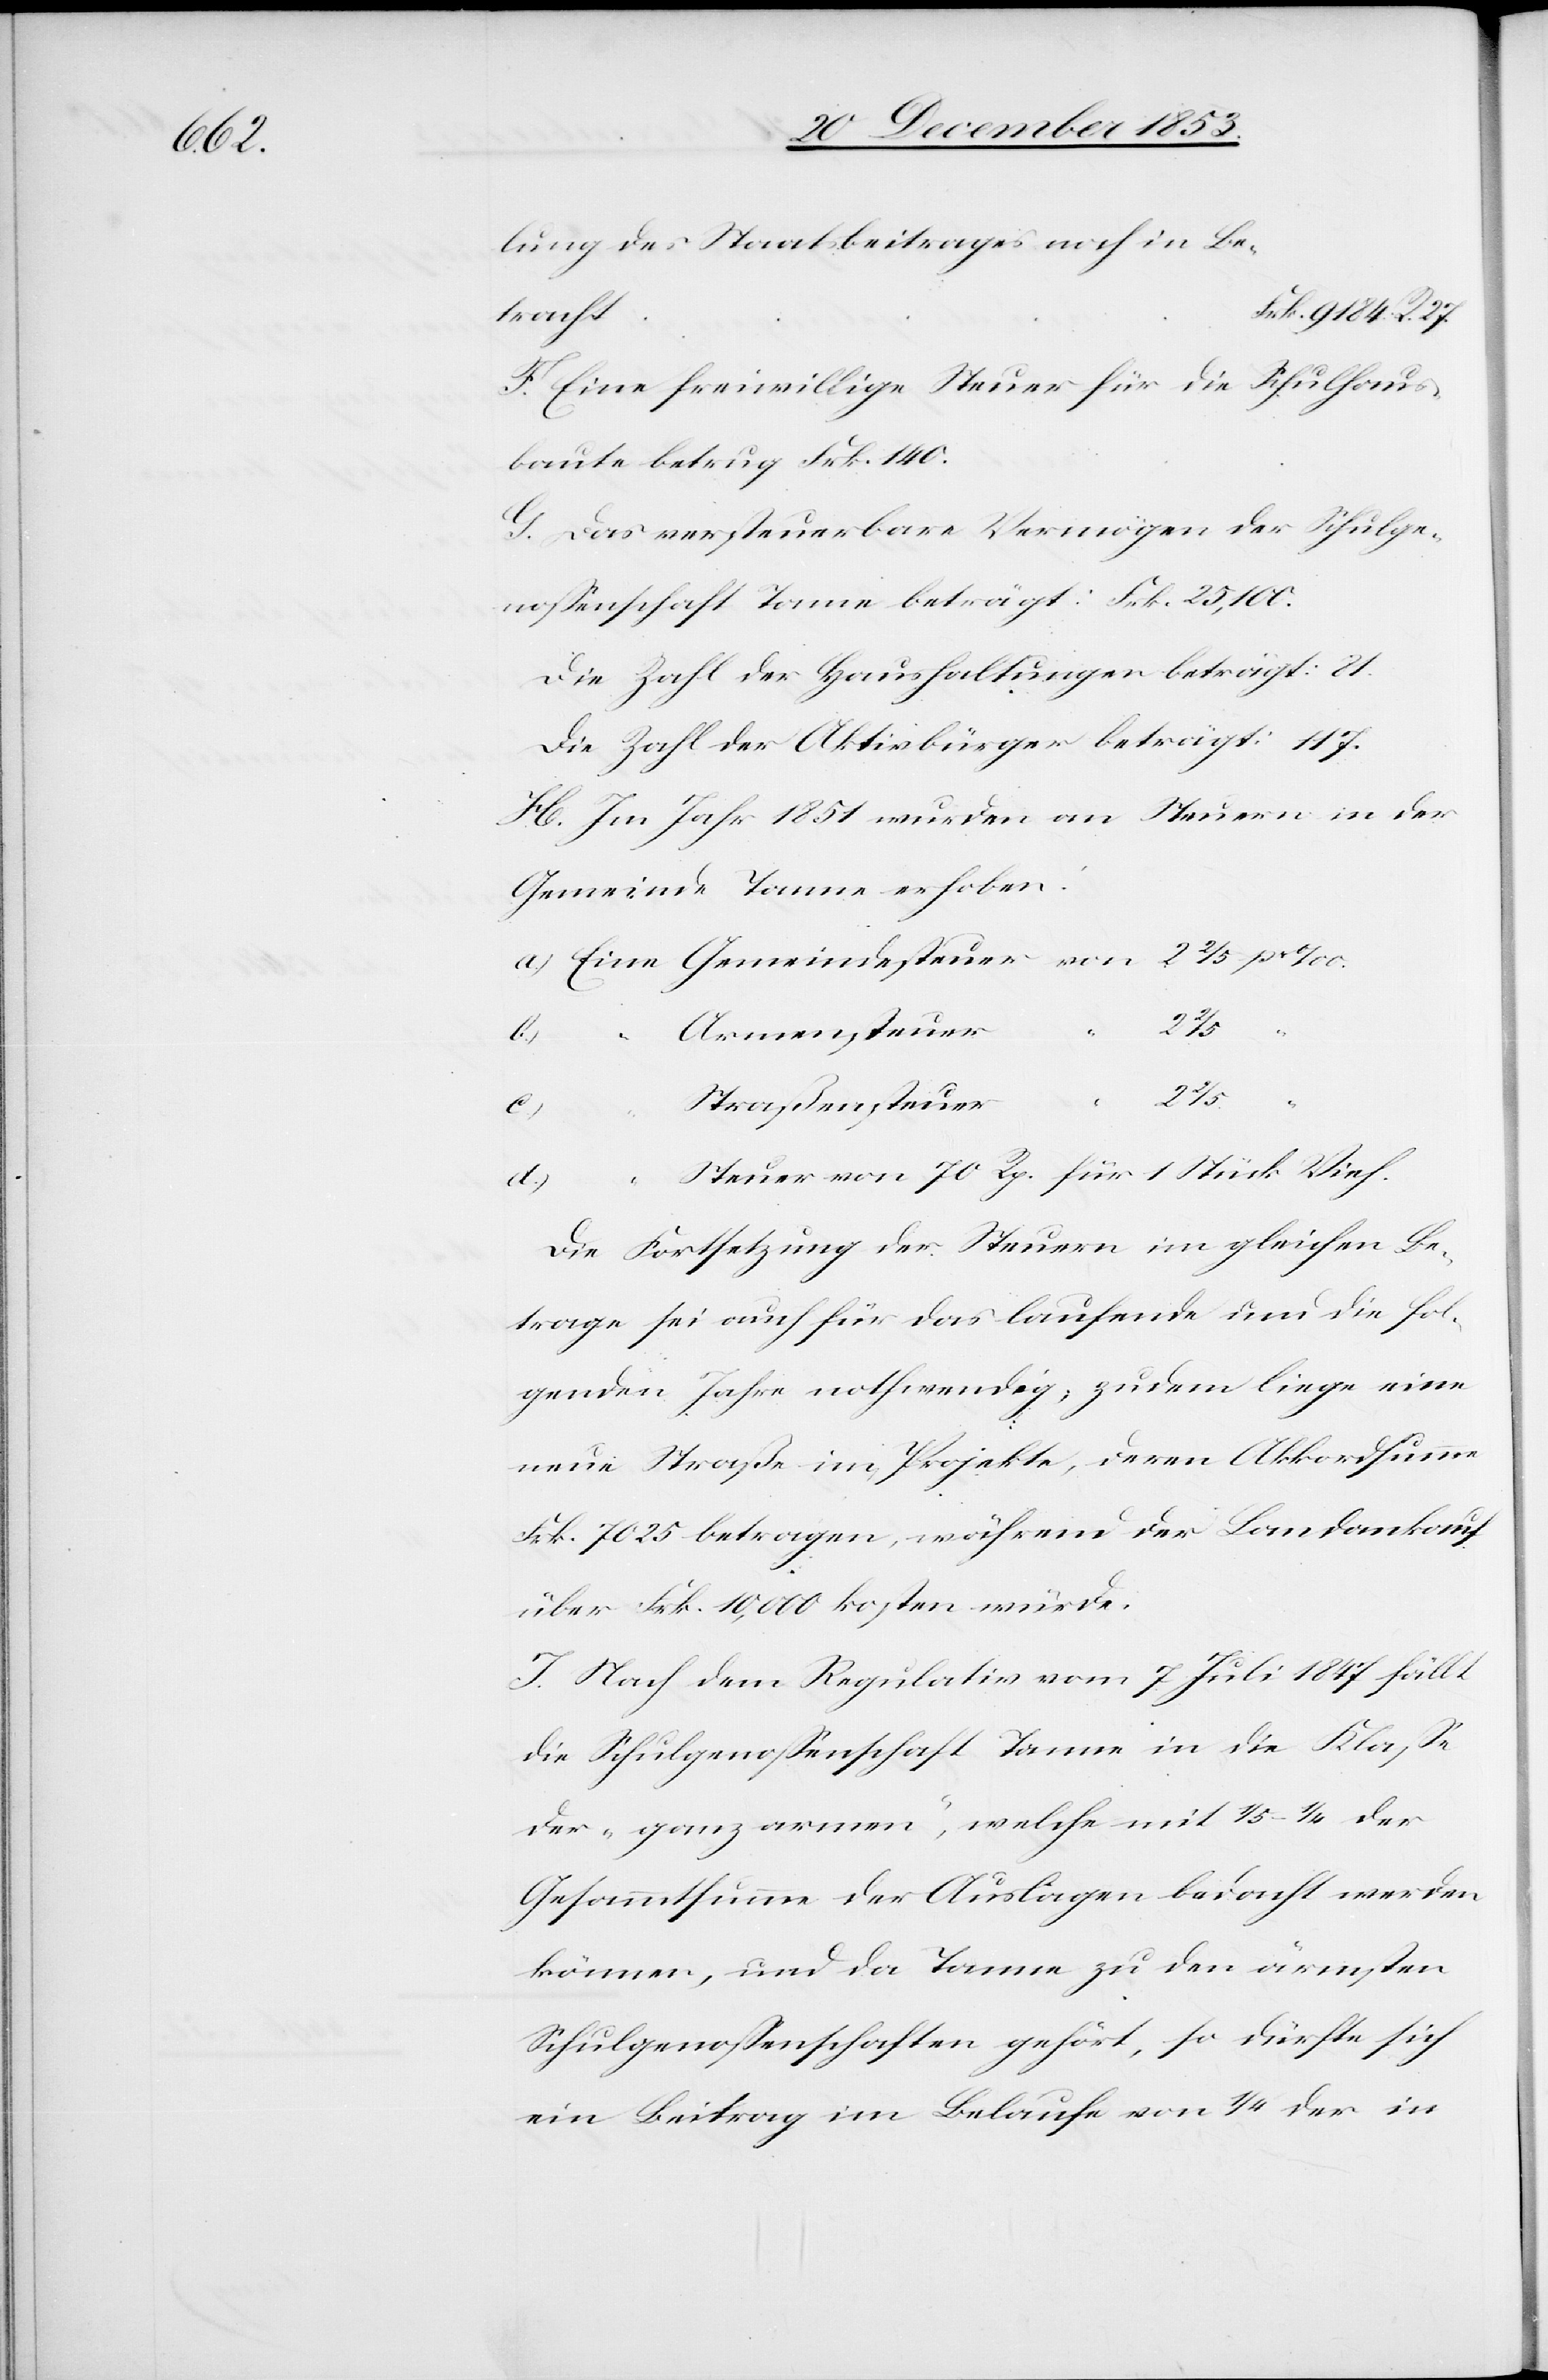
F. Eine freiwillige Steuer für die Schulhaus¬
baute betrug Frk. 140.
G. Das versteuerbare Vermögen der Schulge¬
noßenschaft Tanne beträgt: Frk. 25,100.
Die Zahl der Haushaltungen beträgt: 81.
Die Zahl der Aktivbürger beträgt: 117.
H. Im Jahr 1851 wurden an Steuern in der
Gemeinde Tanne erhoben:
a) Eine Gemeindesteuer von 2 2/5 pro ‰
c)
2 2/5
“
d)
“		Steuer von 70 Rp. für 1 Stück Vieh.
27.
Die Fortsetzung der Steuern im gleichen Be¬
trage sei auch für das laufende und die fol¬
genden Jahre nothwendig, zudem liege eine
neue Straße im Projekte, deren Akkordsumme
Frk. 7025 betragen, während der Landankauf
über Frk. 10,000 kosten würde.
J. Nach dem Regulativ vom 7 Juli 1847 fällt
die Schulgenoßenschaft Tanne in die Klaße
der „ganz armen“, welche mit 1/5–1/4 der
Gesammtsumme der Auslagen bedacht werden
können, und da Tanne zu den ärmsten
Schulgenoßenschaften gehört, so dürfte sich
ein Beitrag im Belaufe von 1/4 der in